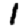
Digit: 1